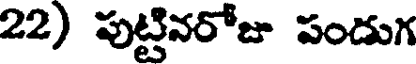
22) పుట్టినరోజు పండుగ